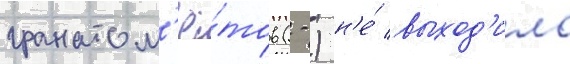
гранатом'ё́тов (-) н'е́ выход'ило